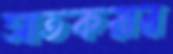
সাতকরার